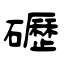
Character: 礰